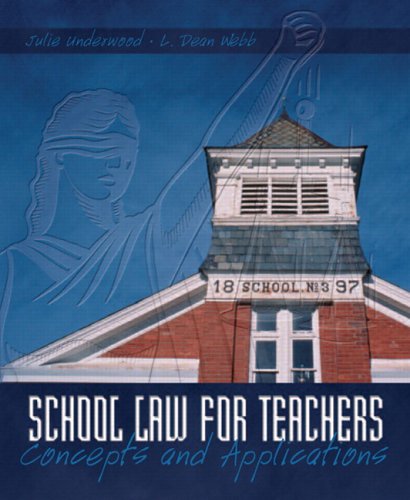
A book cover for School Law for Teachers: Concepts and Applications; Julie K. Underwood; Law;